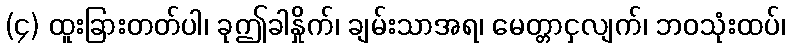
(၄) ထူးခြားတတ်ပါ၊ ခုဤခါနှိုက်၊ ချမ်းသာအရ၊ မေတ္တာငှလျက်၊ ဘဝသုံးထပ်၊